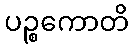
ပဉ္စကောတိ